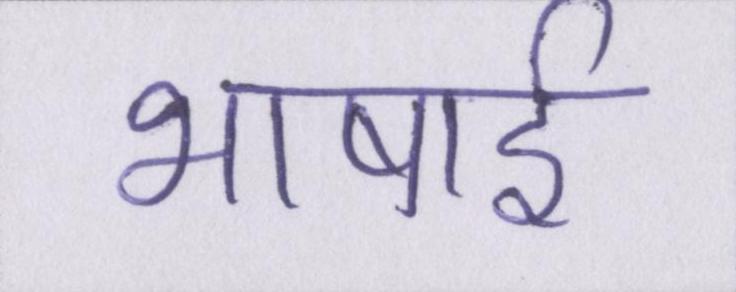
भाषाई